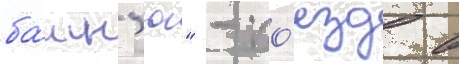
ба́шн'ю" - по́езд в